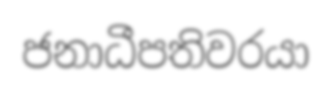
ජනාධීපතිවරයා